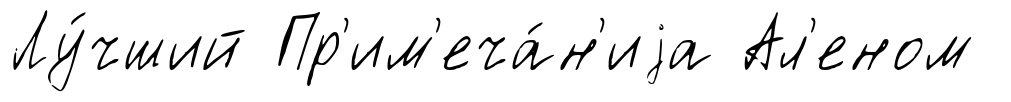
Лу́чший Пр'им'еча́н'иjа Ал'еном